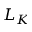
L _ { K }